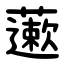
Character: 藗